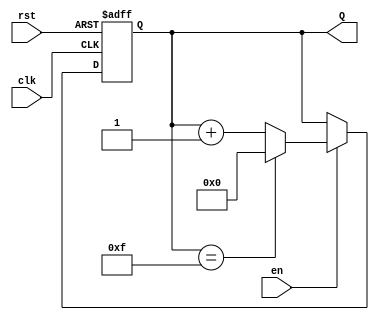
module UpCounter (
    input wire clk,      // Clock signal
    input wire en,       // Enable signal
    input wire rst,      // Reset signal (active high)
    output reg [3:0] Q   // 4-bit counter output
);

    // On the rising edge of the clock
    always @(posedge clk or posedge rst) begin
        if (rst) begin
            // Reset the counter to zero
            Q <= 4'b0000;
        end else if (en) begin
            // Increment the counter, wrap around at 15 (1111)
            Q <= (Q == 4'b1111) ? 4'b0000 : Q + 1;
        end
        // If enable is low, the counter retains its value (no need for an else statement)
    end

endmodule